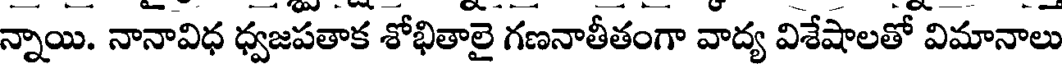
న్నాయి. నానావిధ ధ్వజపతాక శోభితాలై గణనాతీతంగా వాద్య విశేషాలతో విమానాలు